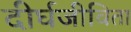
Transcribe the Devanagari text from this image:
दीर्घजीविता